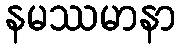
နမဿမာနာ